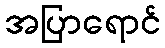
အပြာရောင်